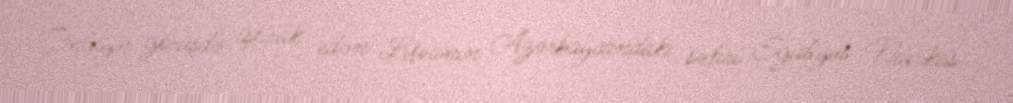
Onlayn görüşdə iştirak edən Litvanın Azərbaycandakı səfiri Egidiyus Navikas